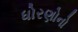
ધોરણોનો